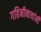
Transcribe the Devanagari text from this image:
गहिनीनाथांनी